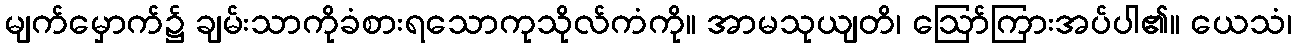
မျက်မှောက်၌ ချမ်းသာကိုခံစားရသောကုသိုလ်ကံကို။ အာမသုယျတိ၊ ဩော်ကြားအပ်ပါ၏။ ယေသံ၊